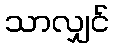
သာလျှင်